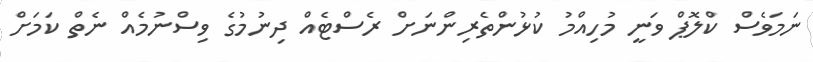
ނަމަވެސް ކްލޮޕް ވަނީ މުހިއްމު ކުޅުންތެރިންނަށް ރެސްޓެއް ދިނުމުގެ ވިސްނުމެއް ނެތް ކަމަށް